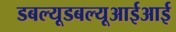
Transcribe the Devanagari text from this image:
डबल्यूडबल्यूआईआई